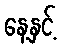
နေ့နှင့်